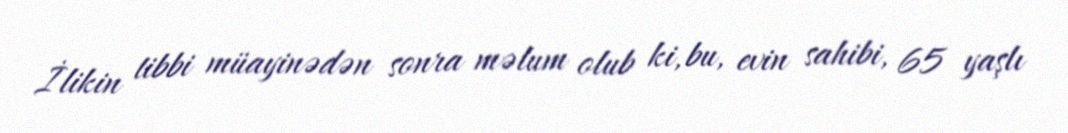
İlikin tibbi müayinədən sonra məlum olub ki, bu, evin sahibi, 65 yaşlı